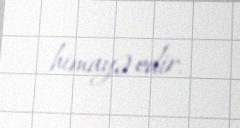
himayə edir.